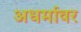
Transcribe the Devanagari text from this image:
अधर्मावर